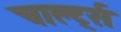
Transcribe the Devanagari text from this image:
चार्ल्ट्स